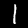
Label: 1